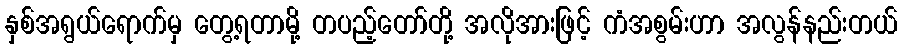
နှစ်အရွယ်ရောက်မှ တွေ့ရတာမို့ တပည့်တော်တို့ အလိုအားဖြင့် ကံအစွမ်းဟာ အလွန်နည်းတယ်